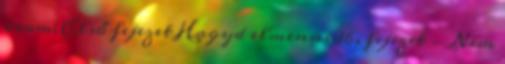
írom; Első fejezet Hagyd elmenni 16. fejezet - Nem